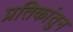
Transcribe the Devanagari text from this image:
प्रतिकांतुन